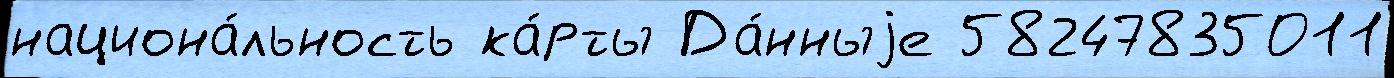
национа́льность ка́рты Да́нныjе 58247835011